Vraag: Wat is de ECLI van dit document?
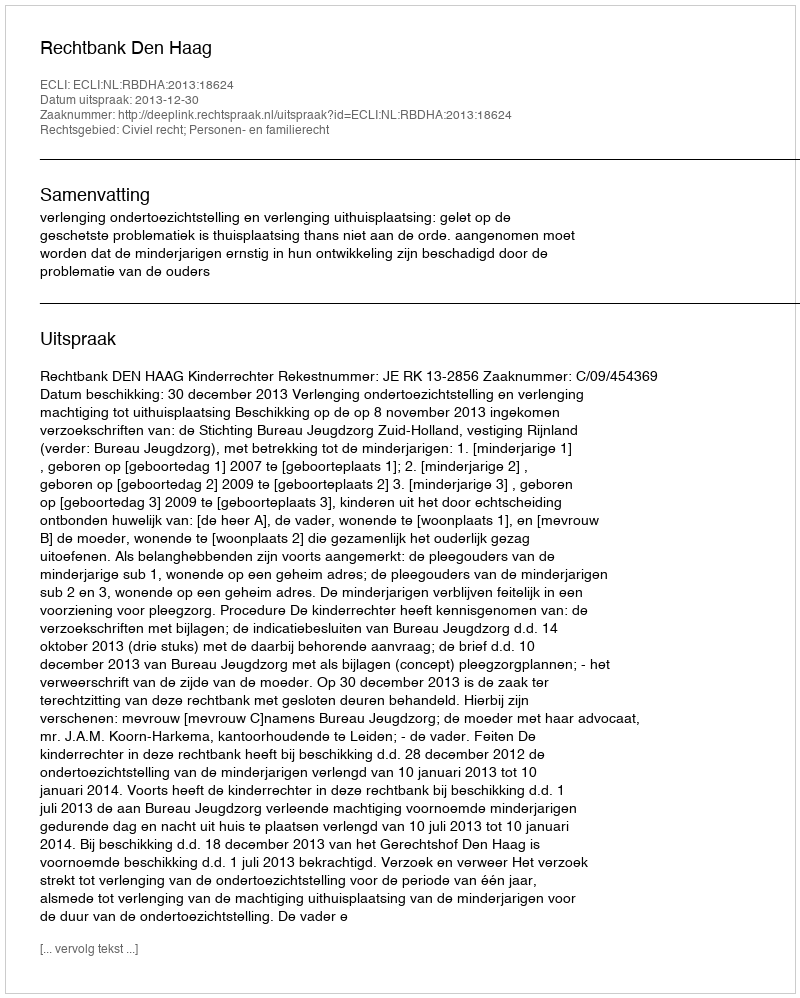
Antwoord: ECLI:NL:RBDHA:2013:18624